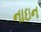
નાઇન